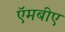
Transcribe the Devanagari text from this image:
ऍमबीए